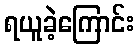
ရယူခဲ့ကြောင်း